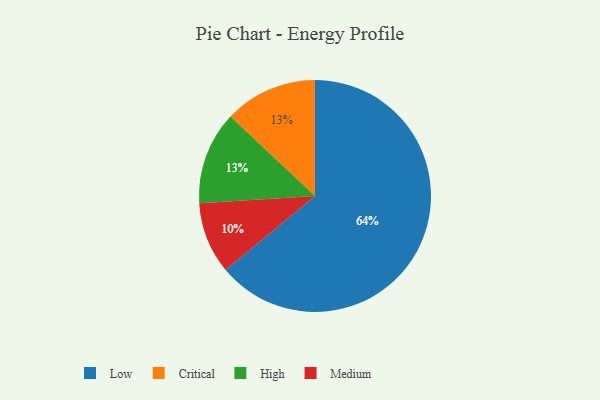
{"axis": {"x": "Category", "y": "Percentage"}, "legend": ["Critical", "High", "Low", "Medium"], "data": [{"x": "Critical", "y": 13, "type": "Critical"}, {"x": "High", "y": 13, "type": "High"}, {"x": "Low", "y": 64, "type": "Low"}, {"x": "Medium", "y": 10, "type": "Medium"}]}